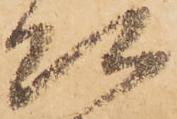
頭